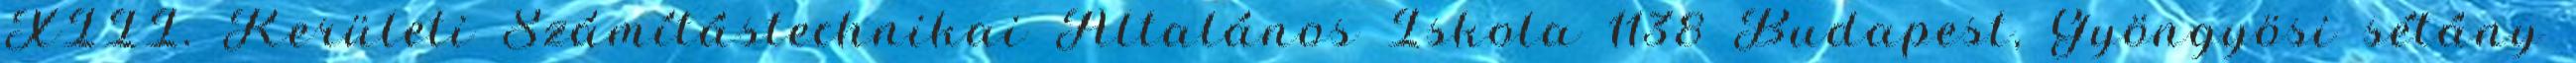
XIII. Kerületi Számítástechnikai Általános Iskola 1138 Budapest, Gyöngyösi sétány